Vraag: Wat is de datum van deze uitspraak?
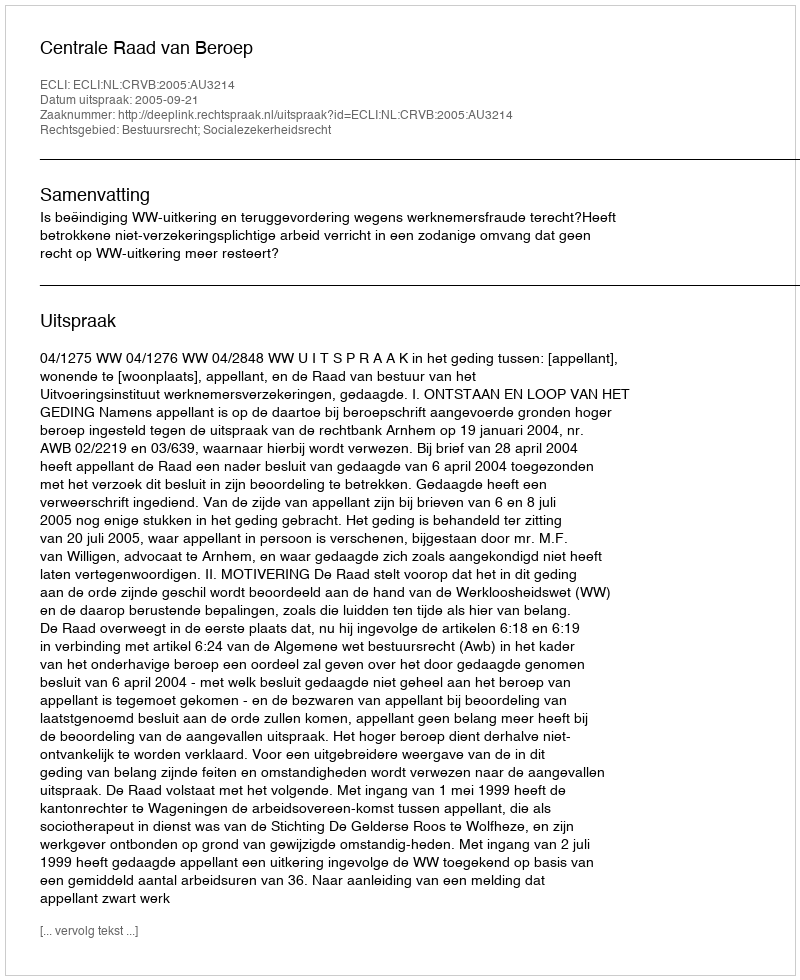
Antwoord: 2005-09-21